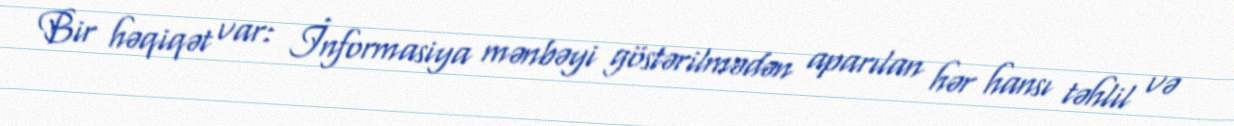
Bir həqiqət var: İnformasiya mənbəyi göstərilmədən aparılan hər hansı təhlil və